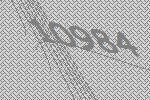
10984